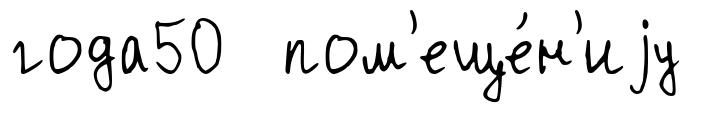
года50 пом'еще́н'иjу